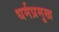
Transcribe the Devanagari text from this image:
धर्मप्रमुख